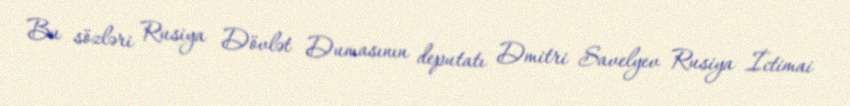
Bu sözləri Rusiya Dövlət Dumasının deputatı Dmitri Savelyev Rusiya İctimai